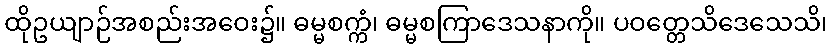
ထိုဥယျာဉ်အစည်းအဝေး၌။ ဓမ္မစက္ကံ၊ ဓမ္မစကြာဒေသနာကို။ ပဝတ္တေသိဒေသေသိ၊